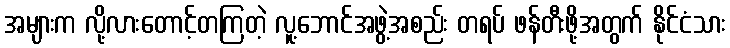
အများက လို့လားတောင့်တကြတဲ့ လူ့ဘောင်အဖွဲ့အစည်း တရပ် ဖန်တီးဖို့အတွက် နိုင်ငံသား